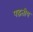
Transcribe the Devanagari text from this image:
पद्धतीय